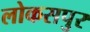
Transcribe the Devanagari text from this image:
लोकसपुर